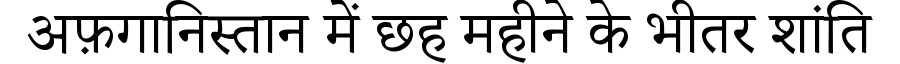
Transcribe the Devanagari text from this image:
अफ़गानिस्तान में छह महीने के भीतर शांति